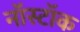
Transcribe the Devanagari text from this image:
नॉस्टॉक